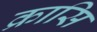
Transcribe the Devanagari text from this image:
क्रासि